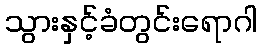
သွားနှင့်ခံတွင်းရောဂါ